Annual report on the working of the lock hospitals in the North-Western Provinces and Oudh
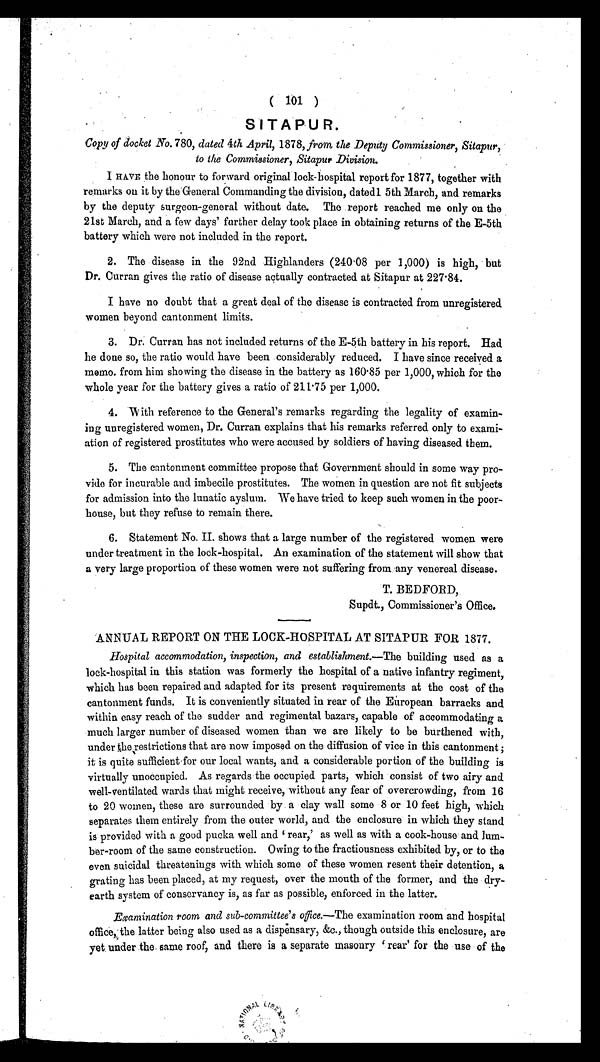
( 101 )
SITAPUR_
Copy of docket No. 780, dated 4th April, 1878, from the Deputy Commissioner, Sitapur,
to the Commissioner, Sitapur Division.
I HAVE the honour to forward original lock-hospital report for 1877, together with
remarks on it by the General Commanding the division, dated l5th March, and remarks
by the deputy surgeon-general without date. The report reached me only on the
21st March, and a few days' further delay took place in obtaining returns of the E-5th
battery which were not included in the report.
2. The disease in the 92nd Highlanders (240.08 per 1,000) is high, but
Dr. Curran gives the ratio of disease actually contracted at Sitapur at 227.84.
I have no doubt that a great deal of the disease is contracted from unregistered.
women beyond cantonment limits.
3. Dr. Curran has not included returns of the E-5th battery in his report. Had
he done so, the ratio would have been considerably reduced. I have since received a
memo from him showing the disease in the battery as 160.85 per 1,000, which for the
whole year for the battery gives a ratio of 211.75 per 1,000.
4.
With reference to the General's remarks regarding the legality of examin-
ing unregistered women, Dr. Curran explains that his remarks referred only to exami-
ation of registered prostitutes who were accused by soldiers of having diseased them.
5. The cantonment committee propose that Government should in some way pro-
vide for incurable and imbecile prostitutes. The women in question are not fit subjects
for admission into the lunatic ayslum. We have tried to keep such women in the poor-
house, but they refuse to remain there.
6. Statement No. II. shows that a large number of the registered women were
under treatment in the lock-hospital. An examination of the statement will show that
a very large proportion of these women were not suffering from any venereal disease.
T. BEDFORD,
Supdt., Commissioner's Office.
ANNUAL REPORT ON THE LOCK-HOSPITAL AT SITAPUR FOR 1877.
Hospital accommodation, inspection, and establishment— The building used as a
lock-hospital in this station was formerly the hospital of a native infantry regiment,
which has been repaired and adapted for its present requirements at the cost of the
cantonment funds. It is conveniently situated in rear of the European barracks and
within easy reach of the sudder and regimental bazars, capable of accommodating a
much larger number of diseased women than we are likely to be burthened with,
under the restrictions that are now imposed on the diffusion of vice in this cantonment;
it is quite sufficient for our local wants, and a considerable portion of the building is
virtually unoccupied. As regards the occupied parts, which consist of two airy and.
well-ventilated wards that might receive, without any fear of overcrowding, from 16
to 20 women, these are surrounded by a clay wall some 8 or 10 feet high, which
separates them entirely from the outer world, and the enclosure in which they stand
is provided with a good pucka well and 'rear,' as well as with a cook-house and lum-
ber-room of the same construction. Owing to the fractiousness exhibited by, or to the
even suicidal threatenings with which some of these women resent their detention, a
grating has been placed, at my request, over the mouth of the former, and the dry-
earth system of conservancy is, as far as possible, enforced in the latter.
Examination room and sub-committee's office.— The examination room and hospital
office, the latter being also used as a dispensary, &c., though outside this enclosure, are
yet under the same roof, and there is a separate masonry 'rear' for the use of the